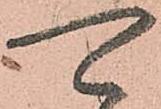
可